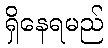
ရှိနေရမည်